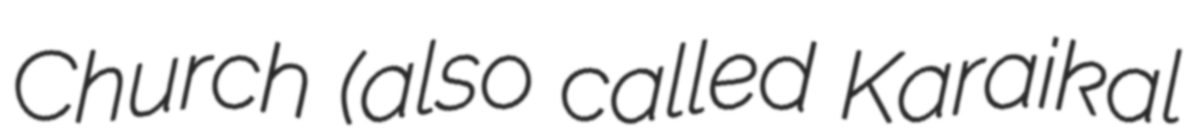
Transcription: Church (also called Karaikal